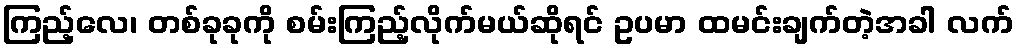
ကြည့်လေ၊ တစ်ခုခုကို စမ်းကြည့်လိုက်မယ်ဆိုရင် ဥပမာ ထမင်းချက်တဲ့အခါ လက်